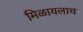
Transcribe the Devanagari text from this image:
मिळायलाच